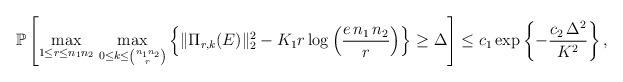
LaTeX: \begin{align*} \mathbb P\left [\underset{1\leq r\leq n_1n_2}{\max}\;\underset{0\leq k\leq \binom{n_1n_2}{r}}{\max}\left \{\Vert \Pi_{r,k}(E)\Vert^{2}_{2}-K_1 r\log\left (\dfrac{e\,n_1\,n_2}{r}\right )\right \}\geq \Delta\right ]\leq c_1\exp\left \{-\frac{c_2\,\Delta^{2}}{K^{2}}\right \}, \end{align*}